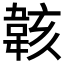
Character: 𫠄